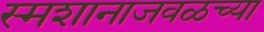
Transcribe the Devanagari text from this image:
स्मशानाजवळच्या